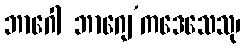
ဘာဂေါ ဘာဂျေ’ကဒေသေသု၊